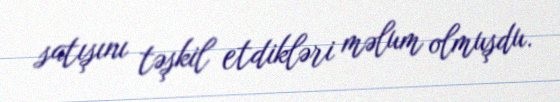
satışını təşkil etdikləri məlum olmuşdu.